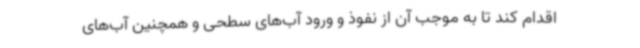
اقدام کند تا به موجب آن از نفوذ و ورود آب‌های سطحی و همچنین آب‌های